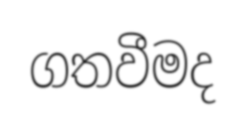
ගතවීමද